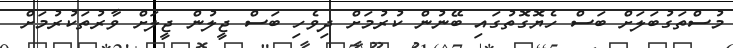
މުސްތަގުބަލަށް ބަސް ހެޔޮގޮތުގައި ބޭނުން ކުރުމަށް ދިވެހި ބަސް ޖީލުން ޖީލަށް ވާރުތަކުރުމަށް